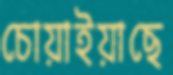
চোয়াইয়াছে